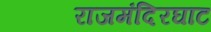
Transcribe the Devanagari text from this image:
राजमंदिरघाट